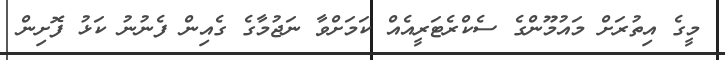
މީގެ އިތުރަށް މައުމޫންގެ ސެކްރެޓަރީއެއް ކަމަށްވާ ނަޖުމާގެ ގެއިން ފެނުނު ކަޅު ފޮށިން